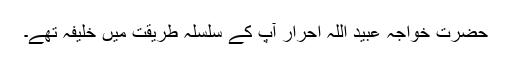
حضرت خواجہ عبید اللہ احرار آپ کے سلسلہ طریقت میں خلیفہ تھے۔